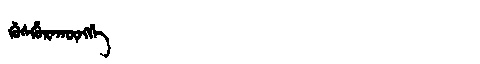
Manchu: ᡤᡠᠰᡥᡠᡵᠠᡴᡡᠩᡤᡝ
Romanization: GUSHURAKŪNGGE